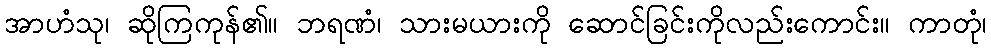
အာဟံသု၊ ဆိုကြကုန်၏။ ဘရဏံ၊ သားမယားကို ဆောင်ခြင်းကိုလည်းကောင်း။ ကာတုံ၊